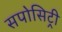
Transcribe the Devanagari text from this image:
सपोसिट्री